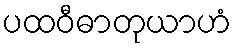
ပထဝီဓာတုယာဟံ